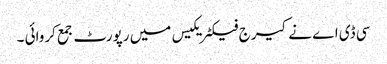
سی ڈی اے نے کیرج فیکٹریکیس میں رپورٹ جمع کروائی ۔